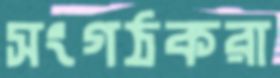
সংগঠকরা